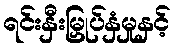
ရင်းနှီးမြှုပ်နှံမှုနှင့်